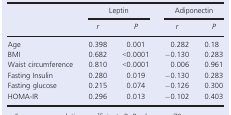
<table><thead><tr><td rowspan="2"></td><td colspan="2"><b>Leptin</b></td><td colspan="2"><b>Adiponectin</b></td></tr><tr><td><b><i>r</i></b></td><td><b><i>P</i></b></td><td><b><i>r</i></b></td><td><b><i>P</i></b></td></tr></thead><tbody><tr><td>Age</td><td>0.398</td><td>0.001</td><td>0.282</td><td>0.18</td></tr><tr><td>BMI</td><td>0.682</td><td>&lt;0.0001</td><td>−0.130</td><td>0.283</td></tr><tr><td>Waist circumference</td><td>0.810</td><td>&lt;0.0001</td><td>0.006</td><td>0.961</td></tr><tr><td>Fasting Insulin</td><td>0.280</td><td>0.019</td><td>−0.130</td><td>0.283</td></tr><tr><td>Fasting glucose</td><td>0.215</td><td>0.074</td><td>−0.126</td><td>0.300</td></tr><tr><td>HOMA‐IR</td><td>0.296</td><td>0.013</td><td>−0.102</td><td>0.403</td></tr></tbody></table>